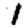
Digit: 1